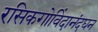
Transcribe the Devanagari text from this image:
रसिकगोविंदानंदघन